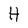
Character: H